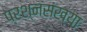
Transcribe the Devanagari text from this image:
प्रश्नसंख्या